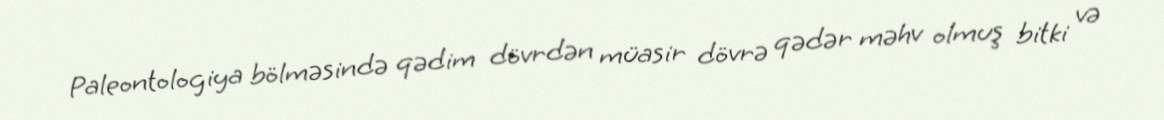
Paleontologiya bölməsində qədim dövrdən müasir dövrə qədər məhv olmuş bitki və